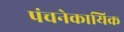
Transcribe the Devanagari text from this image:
पंचनेकायिक